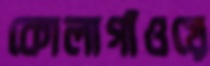
কোলাগাঁওয়ে